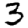
Digit: 3